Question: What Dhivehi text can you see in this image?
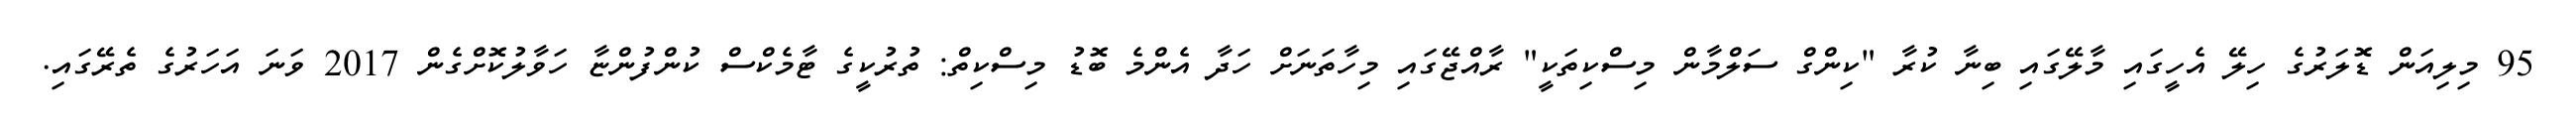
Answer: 95 މިލިއަން ޑޮލަރުގެ ހިލޭ އެހީގައި މާލޭގައި ބިނާ ކުރާ "ކިންގް ސަލްމާން މިސްކިތަކީ" ރާއްޖޭގައި މިހާތަނަށް ހަދާ އެންމެ ބޮޑު މިސްކިތް: ތުރުކީގެ ޓާމެކްސް ކުންފުންޏާ ހަވާލުކޮށްގެން 2017 ވަނަ އަހަރުގެ ތެރޭގައި.